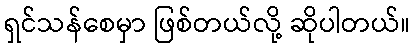
ရှင်သန်စေမှာ ဖြစ်တယ်လို့ ဆိုပါတယ်။